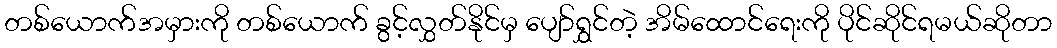
တစ်ယောက်အမှားကို တစ်ယောက် ခွင့်လွှတ်နိုင်မှ ပျော်ရွှင်တဲ့ အိမ်ထောင်ရေးကို ပိုင်ဆိုင်ရမယ်ဆိုတာ